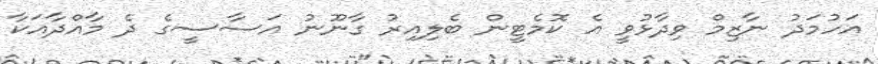
އަހުމަދު ނާޒިމް ވިދާޅުވީ އެ ކޮމެޓީން ބެލިއިރު ގާނޫނު އަސާސީގެ ދެ މާއްދާއަކާ